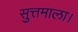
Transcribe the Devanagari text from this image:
सुत्तमाला।